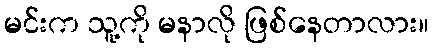
မင်းက သူ့ကို မနာလို ဖြစ်နေတာလား။